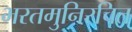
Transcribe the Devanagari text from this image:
भरतमुनिरचित